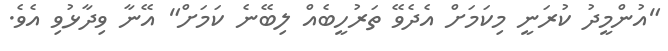
"އުންމީދު ކުރަނީ މިކަމަށް އެދެވޭ ތަރުހީބެއް ލިބޭނެ ކަމަށް" އޭނާ ވިދާޅުވި އެވެ.